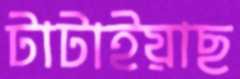
টাটাইয়াছ